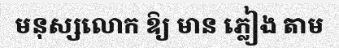
មនុស្សលោក ឱ្យ មាន ភ្លៀង តាម